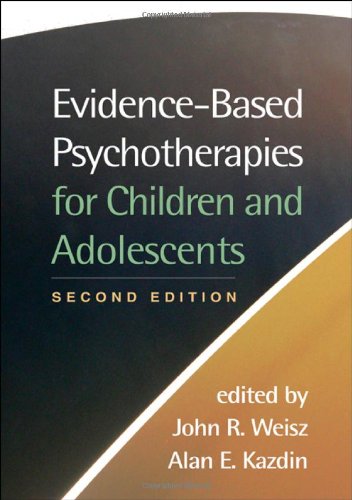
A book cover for Evidence-Based Psychotherapies for Children and Adolescents, Second Edition; Medical Books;